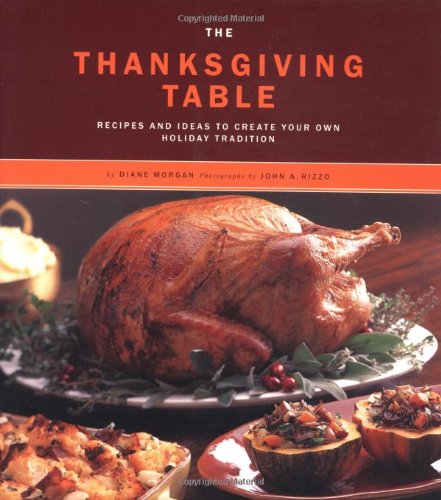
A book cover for The Thanksgiving Table: Recipes and Ideas to Create Your Own Holiday Tradition; Diane Morgan; Cookbooks, Food & Wine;